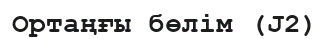
Ортаңғы бөлім (J2)